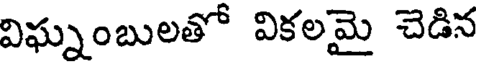
విఘ్నంబులతో వికలమై చెడిన